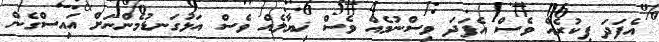
އެފަދަ ފިކުރެއް ވެސް އެފަދަ ވިސްނުމެއް ވެސް ޚިޔާލެއް ވެސް އަޅުގަނޑުމެންނަށް އައިސްގެން